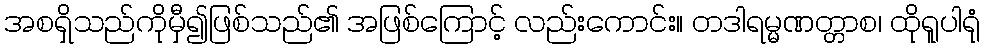
အစရှိသည်ကိုမှီ၍ဖြစ်သည်၏ အဖြစ်ကြောင့် လည်းကောင်း။ တဒါရမ္မဏတ္တာစ၊ ထိုရူပါရုံ